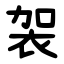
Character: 袈